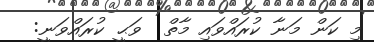
މި ކަން މަނާ ކުރައްވައި މާތް  ވަޙީ ކުރައްވަނީ: